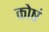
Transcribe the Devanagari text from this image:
कोषं